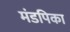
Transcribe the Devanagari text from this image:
मंडपिका